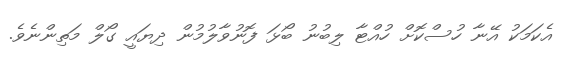
އެކަމަކު އޭނާ ހުސްކޮށް ހުއްޓާ ލިބުނު ބޯޅަ ފޮނުވާލުމުން ދިޔައީ ގޯލް މަތިންނެވެ.